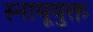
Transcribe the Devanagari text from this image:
स्नायूयुक्त